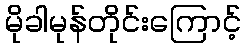
မိုခါမုန်တိုင်းကြောင့်